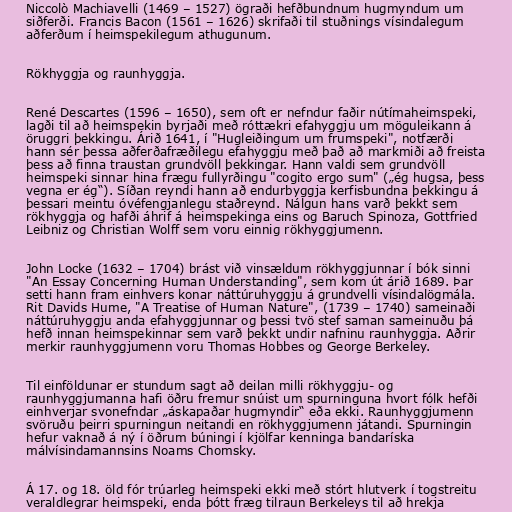
Niccolò Machiavelli (1469 – 1527) ögraði hefðbundnum hugmyndum um
siðferði. Francis Bacon (1561 – 1626) skrifaði til stuðnings vísindalegum
aðferðum í heimspekilegum athugunum.

Rökhyggja og raunhyggja.

René Descartes (1596 – 1650), sem oft er nefndur faðir nútímaheimspeki,
lagði til að heimspekin byrjaði með róttækri efahyggju um möguleikann á
öruggri þekkingu. Árið 1641, í "Hugleiðingum um frumspeki", notfærði
hann sér þessa aðferðafræðilegu efahyggju með það að markmiði að freista
þess að finna traustan grundvöll þekkingar. Hann valdi sem grundvöll
heimspeki sinnar hina frægu fullyrðingu "cogito ergo sum" („ég hugsa, þess
vegna er ég“). Síðan reyndi hann að endurbyggja kerfisbundna þekkingu á
þessari meintu óvéfengjanlegu staðreynd. Nálgun hans varð þekkt sem
rökhyggja og hafði áhrif á heimspekinga eins og Baruch Spinoza, Gottfried
Leibniz og Christian Wolff sem voru einnig rökhyggjumenn.

John Locke (1632 – 1704) brást við vinsældum rökhyggjunnar í bók sinni
"An Essay Concerning Human Understanding", sem kom út árið 1689. Þar
setti hann fram einhvers konar náttúruhyggju á grundvelli vísindalögmála.
Rit Davids Hume, "A Treatise of Human Nature", (1739 – 1740) sameinaði
náttúruhyggju anda efahyggjunnar og þessi tvö stef saman sameinuðu þá
hefð innan heimspekinnar sem varð þekkt undir nafninu raunhyggja. Aðrir
merkir raunhyggjumenn voru Thomas Hobbes og George Berkeley.

Til einföldunar er stundum sagt að deilan milli rökhyggju- og
raunhyggjumanna hafi öðru fremur snúist um spurninguna hvort fólk hefði
einhverjar svonefndar „áskapaðar hugmyndir“ eða ekki. Raunhyggjumenn
svöruðu þeirri spurningun neitandi en rökhyggjumenn játandi. Spurningin
hefur vaknað á ný í öðrum búningi í kjölfar kenninga bandaríska
málvísindamannsins Noams Chomsky.

Á 17. og 18. öld fór trúarleg heimspeki ekki með stórt hlutverk í togstreitu
veraldlegrar heimspeki, enda þótt fræg tilraun Berkeleys til að hrekja